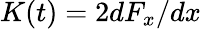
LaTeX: K(t)=2dF_{x}/dx